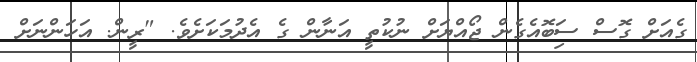
ގެއަށް ގޮސް ސަިބޮއެގެން ޖޯއްޔަށް ނުކުތީ އަނާން ގެ އެދުމަކަށެވެ. "ރީން. އަހަންނަށް